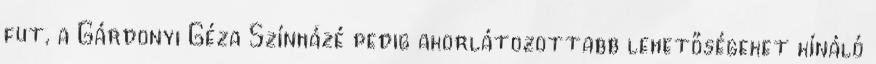
fut, a Gárdonyi Géza Színházé pedig akorlátozottabb lehetőségeket kínáló